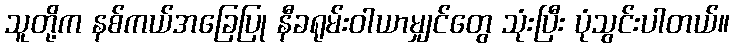
သူတို့က နစ်ကယ်အခြေပြု နီခရုမ်းဝါယာမျှင်တွေ သုံးပြီး ပုံသွင်းပါတယ်။